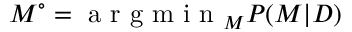
M ^ { \circ } = \mathrm { ~ a ~ r ~ g ~ m ~ i ~ n ~ } _ { M } P ( M | D )